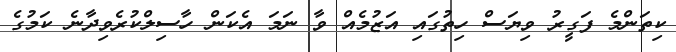
ކިތަންމެ ފަގީރު ވިޔަސް ހިތުގައި އަޒުމެއް ވާ ނަމަ އެކަން ހާސިލްކުރެވިދާނެ ކަމުގެ